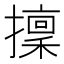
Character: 𢶸